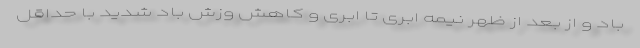
باد و از بعد از ظهر نیمه ابری تا ابری و کاهش وزش باد شدید با حداقل